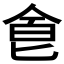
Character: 𠊊